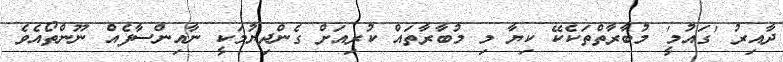
ދާއިރު 'ގައުމީ' މުބާރާތްތަކެކޭ ކިޔާ މި މުބާރާތައް ކުރިއަށް ގެންދިޔުމަކީ ނާއިންސާފެއް ނޫންތޯއެވެ